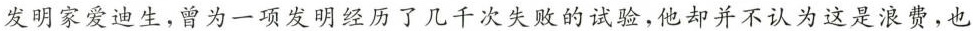
发明家爱迪生，曾为一项发明经历了几千次失败的试验，他却并不认为这是浪费，也